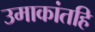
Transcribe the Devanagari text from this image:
उमाकांतहि